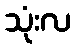
သုံးလ